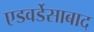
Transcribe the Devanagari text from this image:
एडवर्डेसाबाद